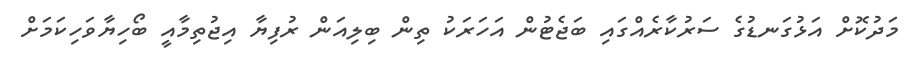
މަދުކޮށް އަޅުގަނޑުގެ ސަރުކާރެއްގައި ބަޖެޓުން އަހަރަކު ތިން ބިލިއަން ރުފިޔާ އިޖުތިމާއީ ބޯހިޔާވަހިކަމަށް